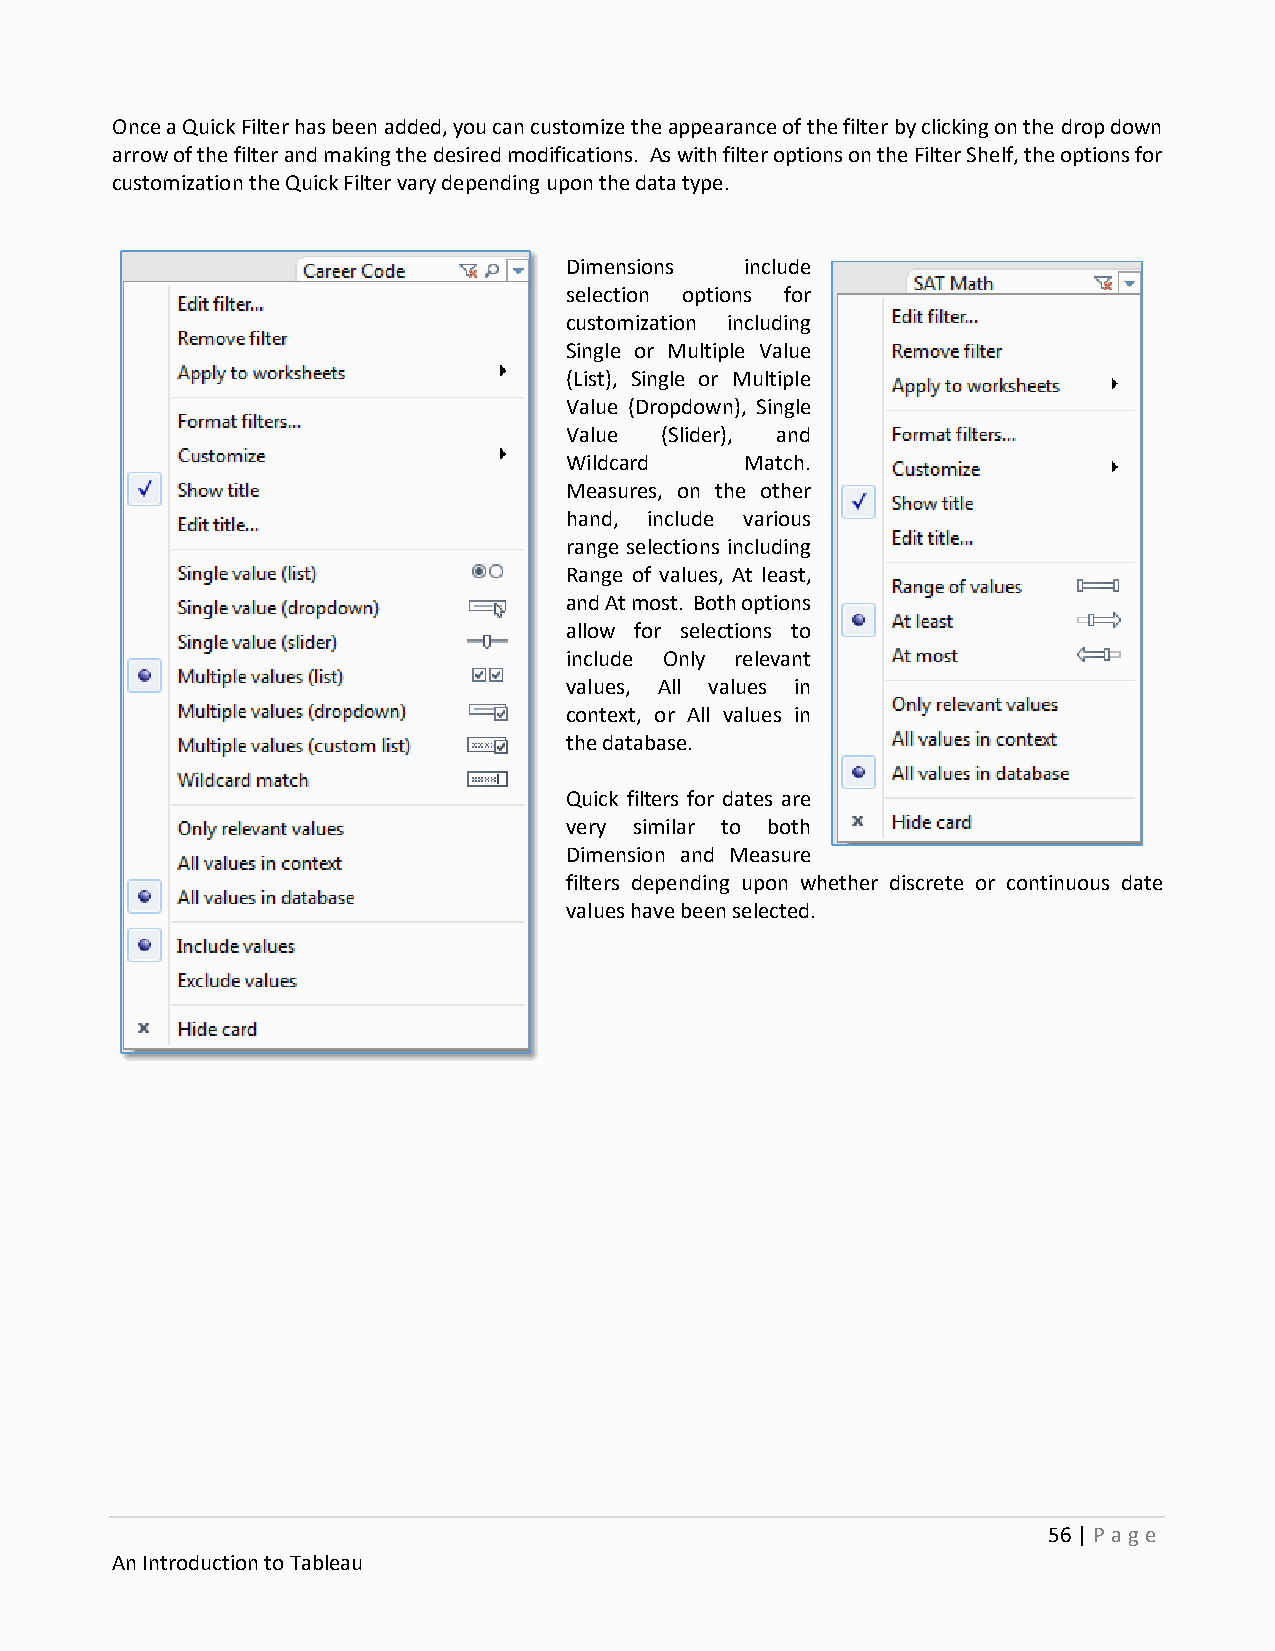
Once a Quick Filter has been added, you can customize the appearance of the filter by clicking on the drop down
 arrow of the filter and making the desired modifications. As with filter options on the Filter Shelf, the options for
 customization the Quick Filter vary depending upon the data type.
 Dimensions  include
 selection options for
 customization including
 Single or Multiple Value
 (List), Single or Multiple
 Value (Dropdown), Single
 Value  (Slider), and
 Wildcard    Match.
 Measures, on the other
 hand, include various
 range selections including
 Range of values, At least,
 and At most. Both options
 allow for selections to
 include Only relevant
 values, All values in
 context, or All values in
 the database.
 Quick filters for dates are
 very similar to both
 Dimension and Measure
 filters depending upon whether discrete or continuous date
 values have been selected.
 56 | P age
 An Introduction to Tableau